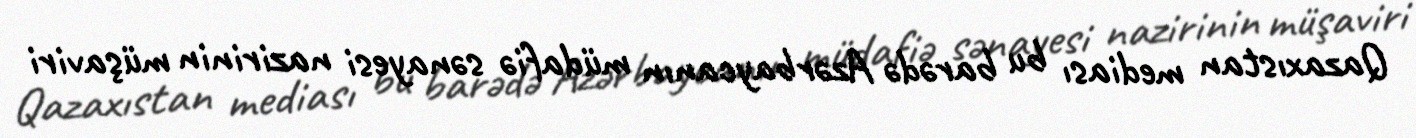
Qazaxıstan mediası bu barədə Azərbaycanın müdafiə sənayesi nazirinin müşaviri